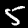
Digit: 5